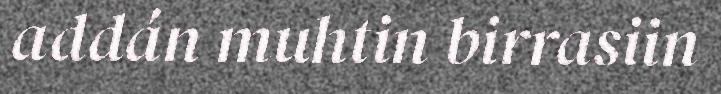
addán muhtin birrasiin